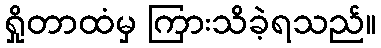
ရှိုတာထံမှ ကြားသိခဲ့ရသည်။